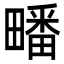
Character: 𭻱